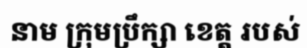
នាម ក្រុមប្រឹក្សា ខេត្ត របស់